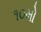
૧૦મો